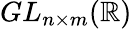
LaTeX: GL_{n\times m}(\mathbb{R})